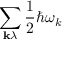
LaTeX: \sum _ { \mathbf { k } \lambda } { \frac { 1 } { 2 } } \hbar \omega _ { k }